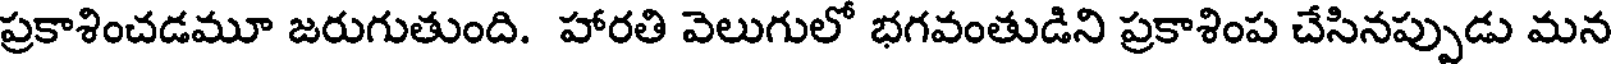
ప్రకాశించడమూ జరుగుతుంది. హారతి వెలుగులో భగవంతుడిని ప్రకాశింప చేసినప్పుడు మన